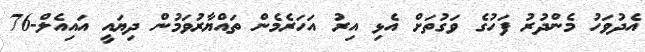
އެދުވަހު މެންދުރު ފަހުގެ ވަގުތަށް އެޅި އިރު އަހަރެމެން ތައްޔާރުވަމުން ދިޔައީ އައިއެލް-76